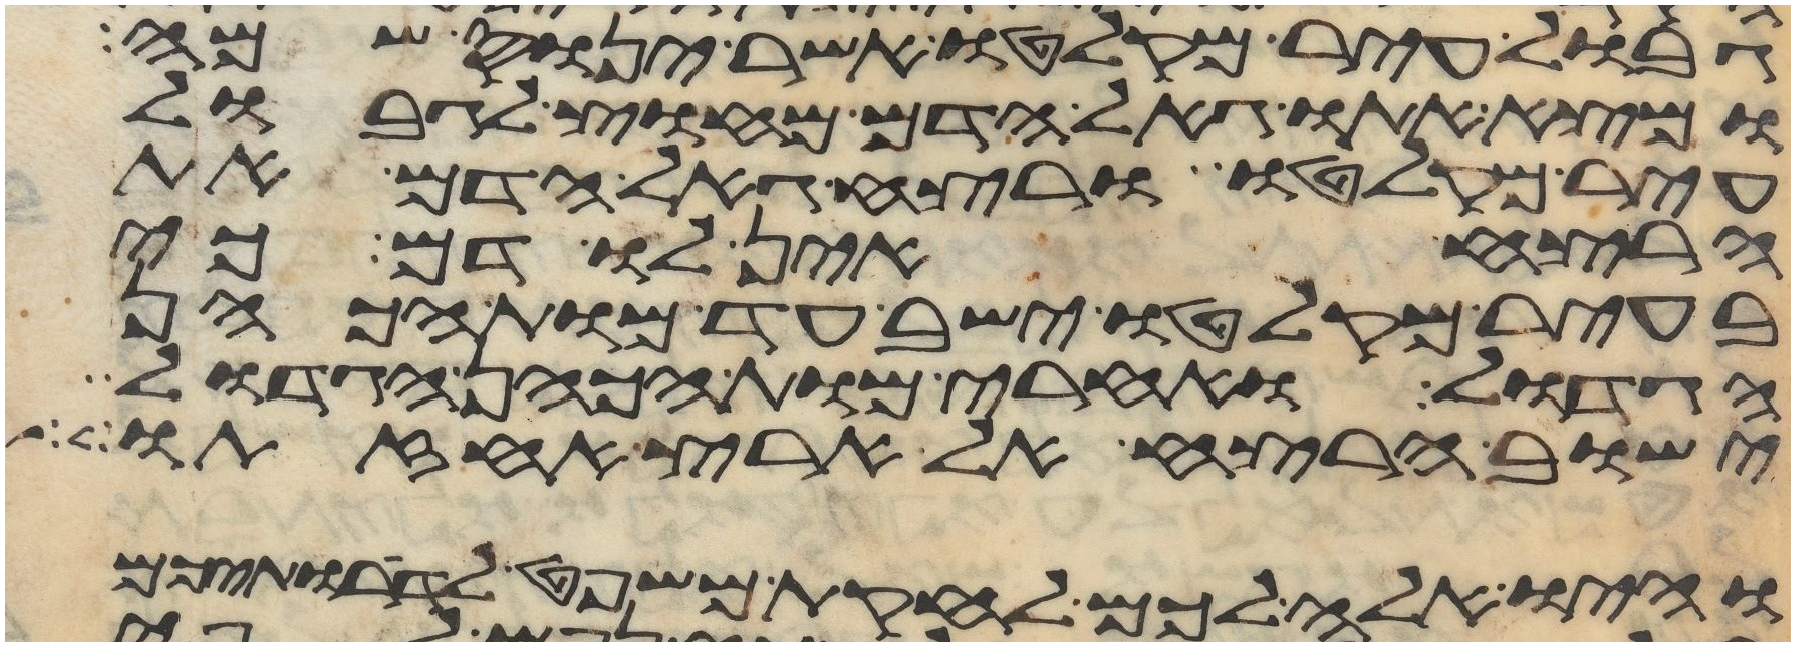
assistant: גבול עיר מקלטו אשר ינוס שמה
ומצא אתו גאל הדם מחוץ לגבול
עיר מקלטו ורצח גאל הדם את
הרצח אין לו דם כי
בעיר מקלטו ישב עד מות הכהן
הגדול ואחרי מות הכהן הגדול
ישוב הרצח אל ארץ אחזתו
והיו אלה לכם לחקת משפט לדרתיכם